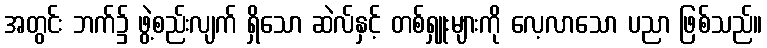
အတွင်း ဘက်၌ ဖွဲ့စည်းလျက် ရှိသော ဆဲလ်နှင့် တစ်ရှူးများကို လေ့လာသော ပညာ ဖြစ်သည်။